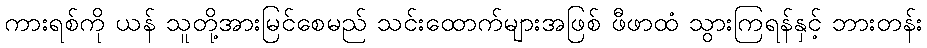
ကားရစ်ကို ယန် သူတို့အားမြင်စေမည် သင်းထောက်များအဖြစ် ဖီဖာထံ သွားကြရန်နှင့် ဘားတန်း